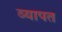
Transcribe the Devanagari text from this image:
व्‍यापत